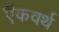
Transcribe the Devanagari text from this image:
ऍकवर्थ